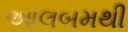
આલબમથી